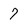
Character: 7